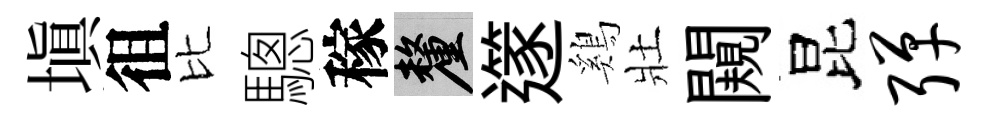
塡徂比驄稼厘𨗹鷄壯闚昆弹